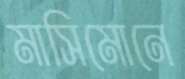
মাসিমোনে